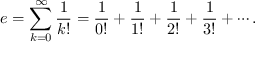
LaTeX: e = \sum _ { k = 0 } ^ { \infty } { \frac { 1 } { k ! } } = { \frac { 1 } { 0 ! } } + { \frac { 1 } { 1 ! } } + { \frac { 1 } { 2 ! } } + { \frac { 1 } { 3 ! } } + \cdots .